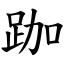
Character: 跏